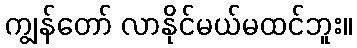
ကျွန်တော် လာနိုင်မယ်မထင်ဘူး။